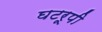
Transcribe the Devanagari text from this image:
घटरूपी